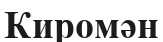
Киромән